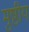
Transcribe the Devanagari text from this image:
मुष्ठीय